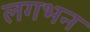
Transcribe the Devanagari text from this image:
लगभन